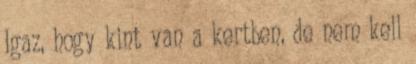
Igaz, hogy kint van a kertben, de nem kell